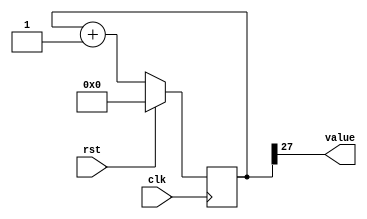
/*
   This file was generated automatically by Alchitry Labs version 1.2.7.
   Do not edit this file directly. Instead edit the original Lucid source.
   This is a temporary file and any changes made to it will be destroyed.
*/

/*
   Parameters:
     SIZE = 1
     DIV = 27
     TOP = 0
     UP = 1
*/
module counter_13 (
    input clk,
    input rst,
    output reg [0:0] value
  );
  
  localparam SIZE = 1'h1;
  localparam DIV = 5'h1b;
  localparam TOP = 1'h0;
  localparam UP = 1'h1;
  
  
  reg [27:0] M_ctr_d, M_ctr_q = 1'h0;
  
  localparam MAX_VALUE = 28'h7ffffff;
  
  always @* begin
    M_ctr_d = M_ctr_q;
    
    value = M_ctr_q[27+0-:1];
    if (1'h1) begin
      M_ctr_d = M_ctr_q + 1'h1;
      if (1'h0 && M_ctr_q == 28'h7ffffff) begin
        M_ctr_d = 1'h0;
      end
    end else begin
      M_ctr_d = M_ctr_q - 1'h1;
      if (1'h0 && M_ctr_q == 1'h0) begin
        M_ctr_d = 28'h7ffffff;
      end
    end
  end
  
  always @(posedge clk) begin
    if (rst == 1'b1) begin
      M_ctr_q <= 1'h0;
    end else begin
      M_ctr_q <= M_ctr_d;
    end
  end
  
endmodule